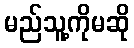
မည်သူ့ကိုမဆို